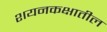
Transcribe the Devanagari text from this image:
शयनकक्षातील